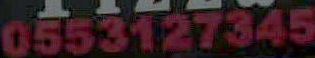
0553127045